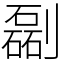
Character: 㔏